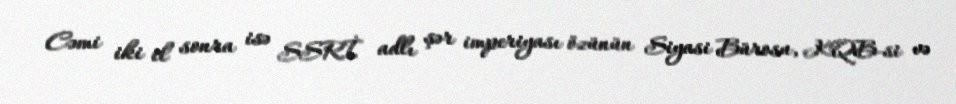
Cəmi iki il sonra isə SSRİ adlı şər imperiyası özünün Siyasi Bürosu, KQB-si və